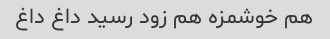
هم خوشمزه هم زود رسید داغ داغ